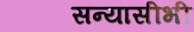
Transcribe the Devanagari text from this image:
सन्यासीभी